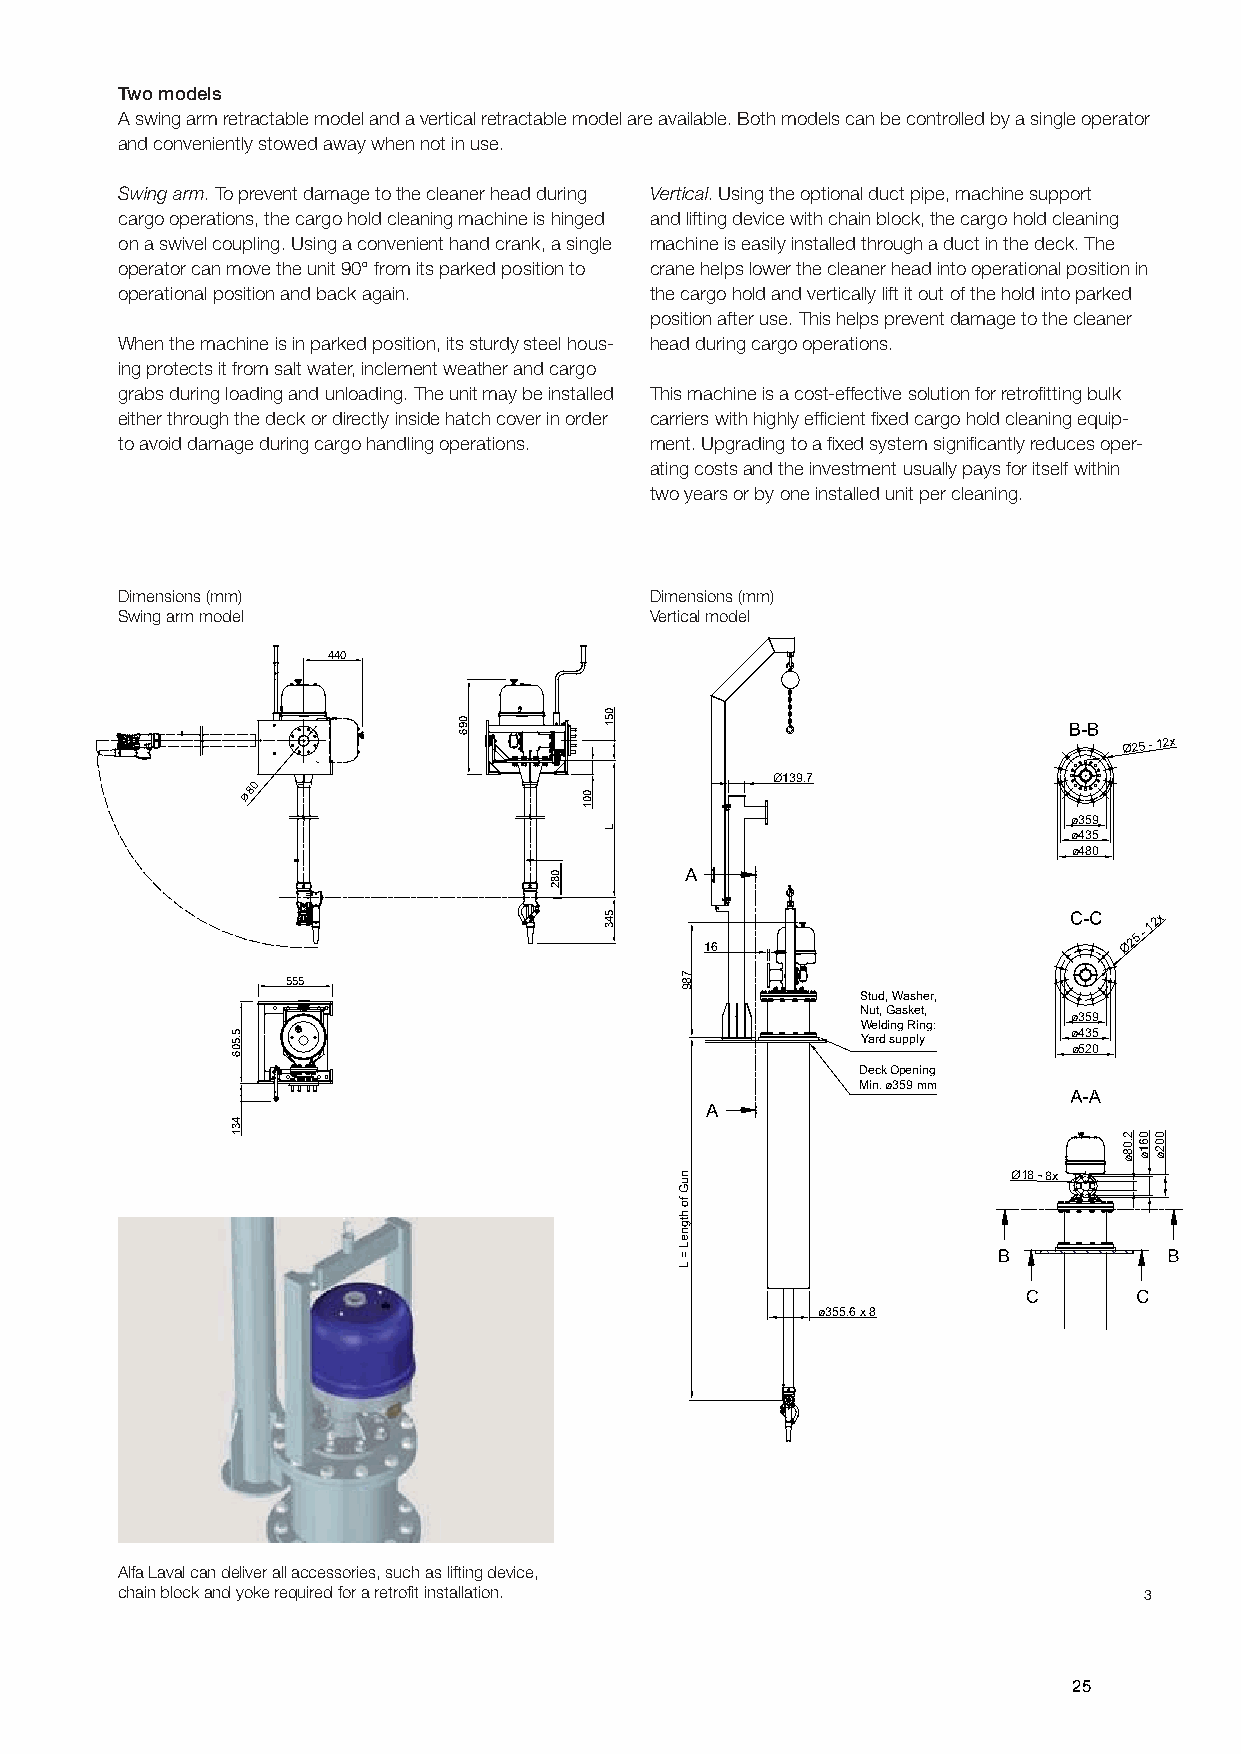
Two models
 A swing arm retractable model and a vertical retractable model are available. Both models can be controlled by a single operator
 and conveniently stowed away when not in use.
 Swing arm. To prevent damage to the cleaner head during Vertical. Using the optional duct pipe, machine support
 cargo operations, the cargo hold cleaning machine is hinged and lifting device with chain block, the cargo hold cleaning
 on a swivel coupling. Using a convenient hand crank, a single machine is easily installed through a duct in the deck. The
 operator can move the unit 90° from its parked position to crane helps lower the cleaner head into operational position in
 operational position and back again. the cargo hold and vertically lift it out of the hold into parked
 position after use. This helps prevent damage to the cleaner
 When the machine is in parked position, its sturdy steel hous- head during cargo operations.
 ing protects it from salt water, inclement weather and cargo
 grabs during loading and unloading. The unit may be installed This machine is a cost-effective solution for retrofitting bulk
 either through the deck or directly inside hatch cover in order carriers with highly efficient fixed cargo hold cleaning equip-
 to avoid damage during cargo handling operations. ment. Upgrading to a fixed system significantly reduces oper-
 ating costs and the investment usually pays for itself within
 two years or by one installed unit per cleaning.
 Dimensions฀(mm)                    Dimensions฀(mm)
 Swing arm model                    Vertical model
 440
 Ø25 - 12x
 Ø139.7
 80
 Ø
 ø359
 ø435
 ø480
 16
 Ø25 -
 12x
 555
 Stud, Washer,
 Nut, Gasket,
 ø359
 Welding Ring:
 ø435 Yard supply
 ø520
 Deck Opening
 Min. ø359 mm
 Ø18 - 8x
 ø355.6 x 8
 Alfa Laval can deliver all accessories, such as lifting device,
 chain block and yoke required for a retrofit installation.          3
 25
 5.506
 431
 096
 082
 001
 051
 L
 543
 789
 nuG
 fo
 htgneL
 =
 L
 2.08ø 061ø 002ø